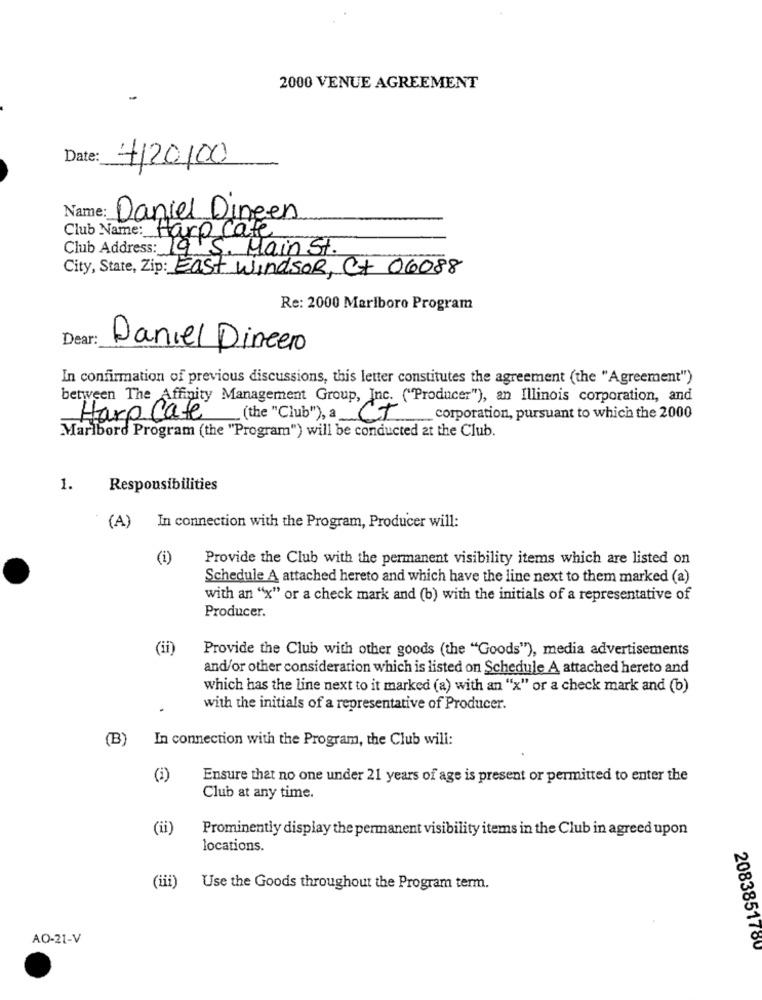
2000 VENUE AGREEMENT
Date:
4120100
Name:
Daniel Dingen
Club Name: Harp Cate
Club Address: 19 S. Main St.
City, State, Zip: East Windsor, Ct 06088
Re: 2000 Marlboro Program
Dear:
Daniel Dinero
In confirmation of previous discussions, this letter constitutes the agreement (the "Agreement")
between The Affinity Management Group, Inc. ("Producer"), an Illinois corporation, and
Harp Cate (the "Club"), a CT
corporation, pursuant to which the 2000
Maribord Program (the "Program") will be conducted at the Club.
1.
Responsibilities
(A) In connection with the Program, Producer will:
(i)
Provide the Club with the permanent visibility items which are listed on
Schedule A attached hereto and which have the line next to them marked (a)
with an "x" or a check mark and (b) with the initials of a representative of
Producer.
(ii)
Provide the Club with other goods (the "Goods"), media advertisements
and/or other consideration which is listed on Schedule A attached hereto and
which has the line next to it marked (a) with an "x" or a check mark and (b)
with the initials of a representative of Producer.
(B)
In connection with the Program, the Club will:
(i)
Ensure that no one under 21 years of age is present or permitted to enter the
Club at any time.
(ii)
Prominently display the permanent visibility items in the Club in agreed upon
locations.
(iii)
Use the Goods throughout the Program term.
AO-21-V
2083851780